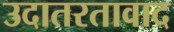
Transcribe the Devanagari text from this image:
उदातरतावाद